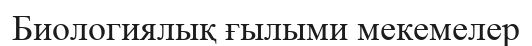
Биологиялық ғылыми мекемелер